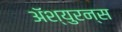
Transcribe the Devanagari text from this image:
अॅश्युरन्स